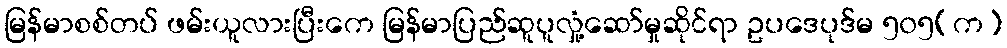
မြန်မာစစ်တပ် ဖမ်းယူလားပြီးကေ မြန်မာပြည်ဆူပူလှုံ့ဆော်မှုဆိုင်ရာ ဥပဒေပုဒ်မ ၅၀၅(က)